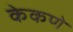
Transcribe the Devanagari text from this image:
केकणे